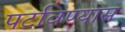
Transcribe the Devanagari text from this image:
पटविण्यास